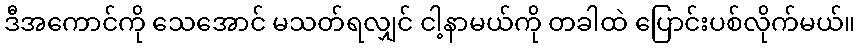
ဒီအကောင်ကို သေအောင် မသတ်ရလျှင် ငါ့နာမယ်ကို တခါထဲ ပြောင်းပစ်လိုက်မယ်။